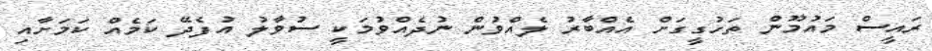
ރައީސް މައުމޫން ތަހުގީގަށް އެއްބާރު ލެއްވުން ނުދެއްވުމަކީ ސުވާލު އުފެދޭ ކަމެއް ކަމަށާއި